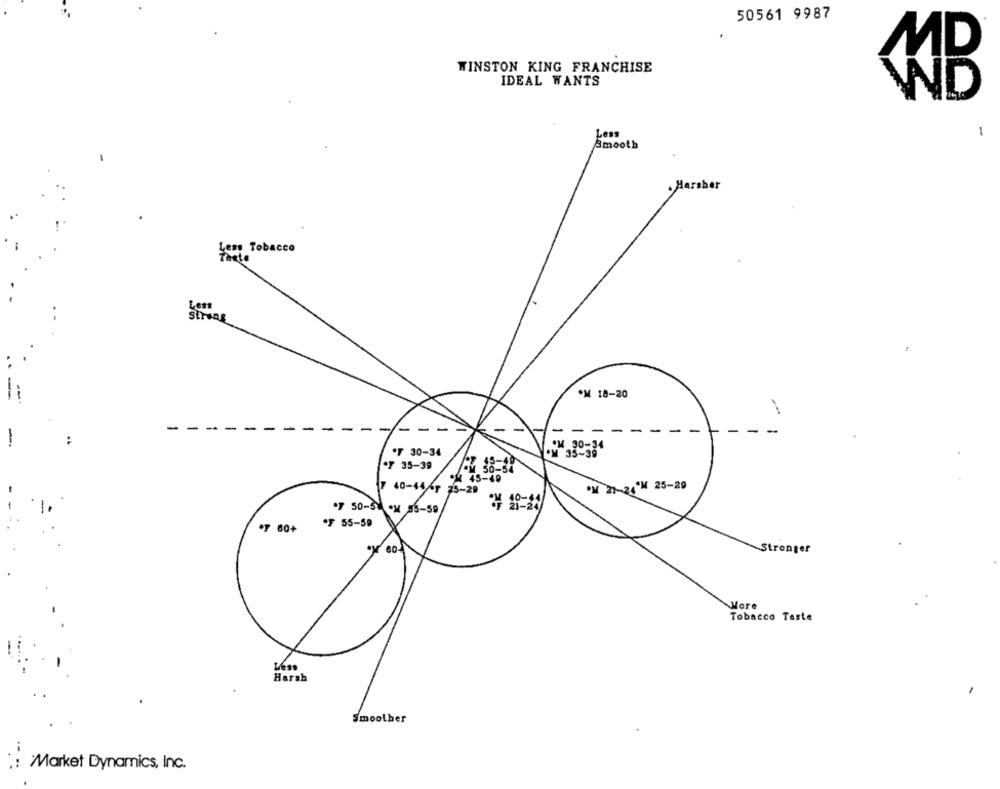
50561 9987
WINSTON KING FRANCHISE
IDEAL WANTS
MB
Less
-
Smooth
. Harsher
Lem Tobacco
Less
Strong
*M 18-20
-
--
--
-
-
---
- -
-
-
-
-
-
-
-
-
-
-
OM 30-34
.F 30-34
OM 35-39
.F 35-39
** 45-49
₹ 40-4467 25-29
ON 21-24'M 25-29
.7 50-51 . 5-59
OF 60+
OF 55-59
ger
More
Tobacco Taste
Harsh
Smoother
Market Dynamics, Inc.